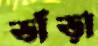
ভাঁড়া